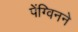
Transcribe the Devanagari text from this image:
पेंग्विनने